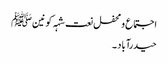
اجتماع و محفل نعت شہہ کونینﷺ
حیدرآباد ۔